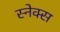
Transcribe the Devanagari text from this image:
स्नेक्स